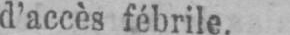
d’accès fébrile.